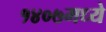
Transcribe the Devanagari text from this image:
१४०७मध्ये